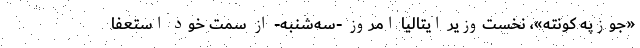
«جوزپه کونته»، نخست‌وزیر ایتالیا امروز -‌سه‌شنبه- از سمت خود استعفا